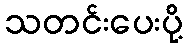
သတင်းပေးပို့